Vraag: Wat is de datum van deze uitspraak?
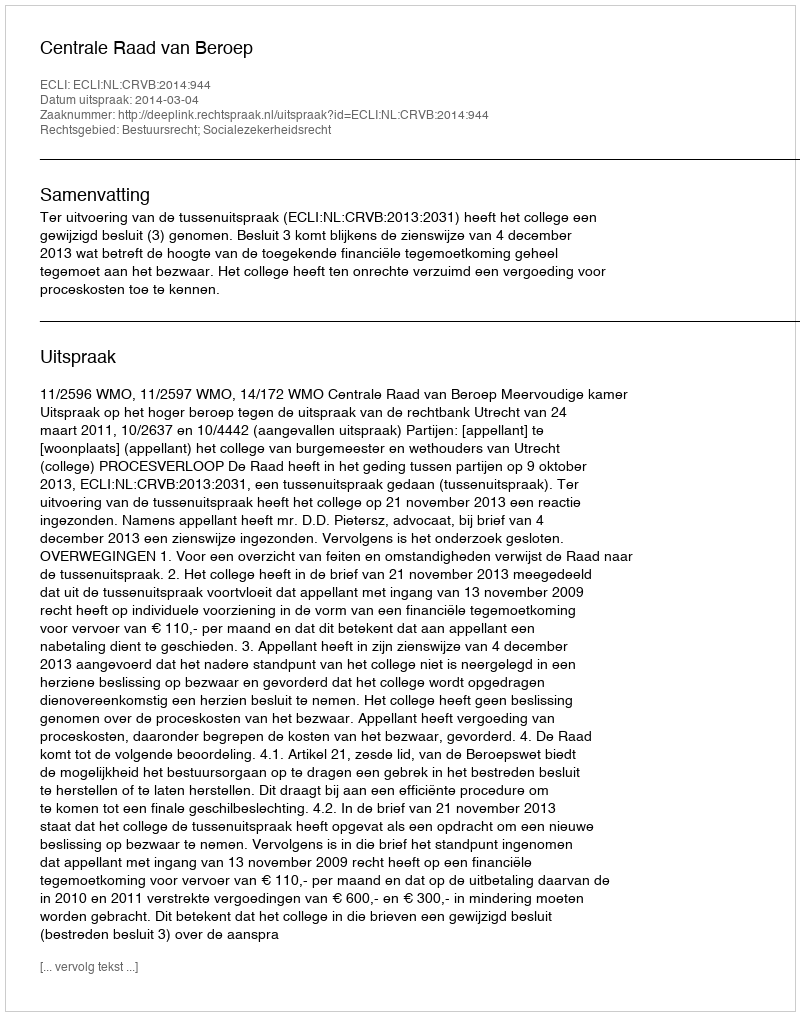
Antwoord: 2014-03-04